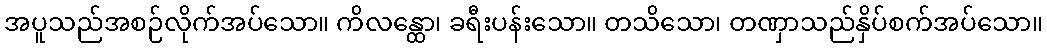
အပူသည်အစဉ်လိုက်အပ်သော။ ကိလန္ထော၊ ခရီးပန်းသော။ တသိသော၊ တဏှာသည်နှိပ်စက်အပ်သော။